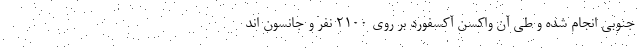
جنوبی انجام شده و طی آن واکسن آکسفورد بر روی ۲۱۰۰ نفر و جانسون اند